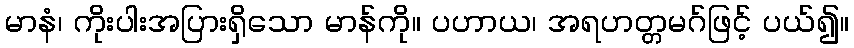
မာနံ၊ ကိုးပါးအပြားရှိသော မာန်ကို။ ပဟာယ၊ အရဟတ္တမဂ်ဖြင့် ပယ်၍။